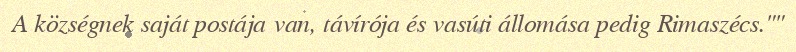
A községnek saját postája van, távírója és vasúti állomása pedig Rimaszécs.""